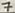
Text: 7